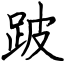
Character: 跛